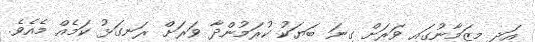
އަދި މިޒަމާނުގައި ވަރަށް ގިނަ ބަޔަކު ކުރަމުންދާ ވަރަށް ރަނގަޅު ކަމެއް މެއެވެ.